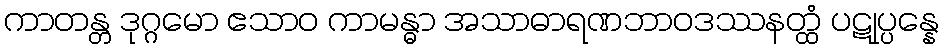
ကာတန္တ ဒုဂ္ဂမော ဧသာဝ ကာမန္ဓာ အသာဓာရဏဘာဝဒဿနတ္ထံ ပဋုပ္ပန္နေ